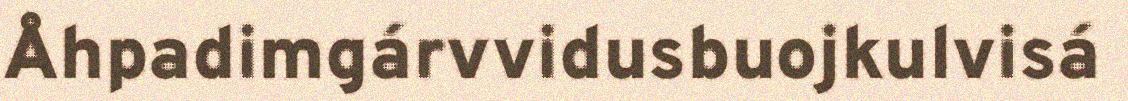
Åhpadimgárvvidusbuojkulvisá